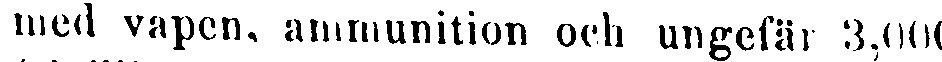
med vapen, ammunition och ungefär 3,000